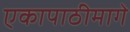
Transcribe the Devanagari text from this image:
एकापाठीमागे